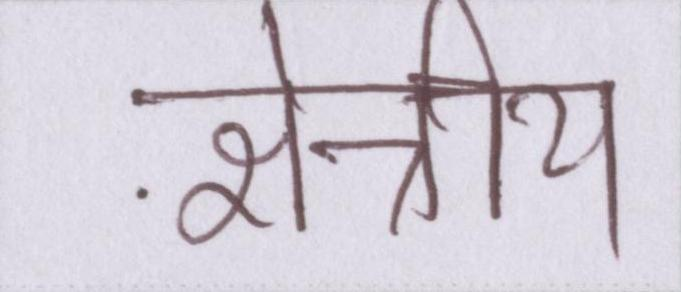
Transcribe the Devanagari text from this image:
क्षेत्रीय